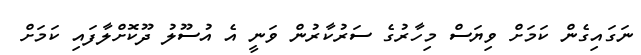
ނަގައިގެން ކަމަށް ވިޔަސް މިހާރުގެ ސަރުކާރުން ވަނީ އެ އުސޫލު ދޫކޮށްލާފައި ކަމަށް